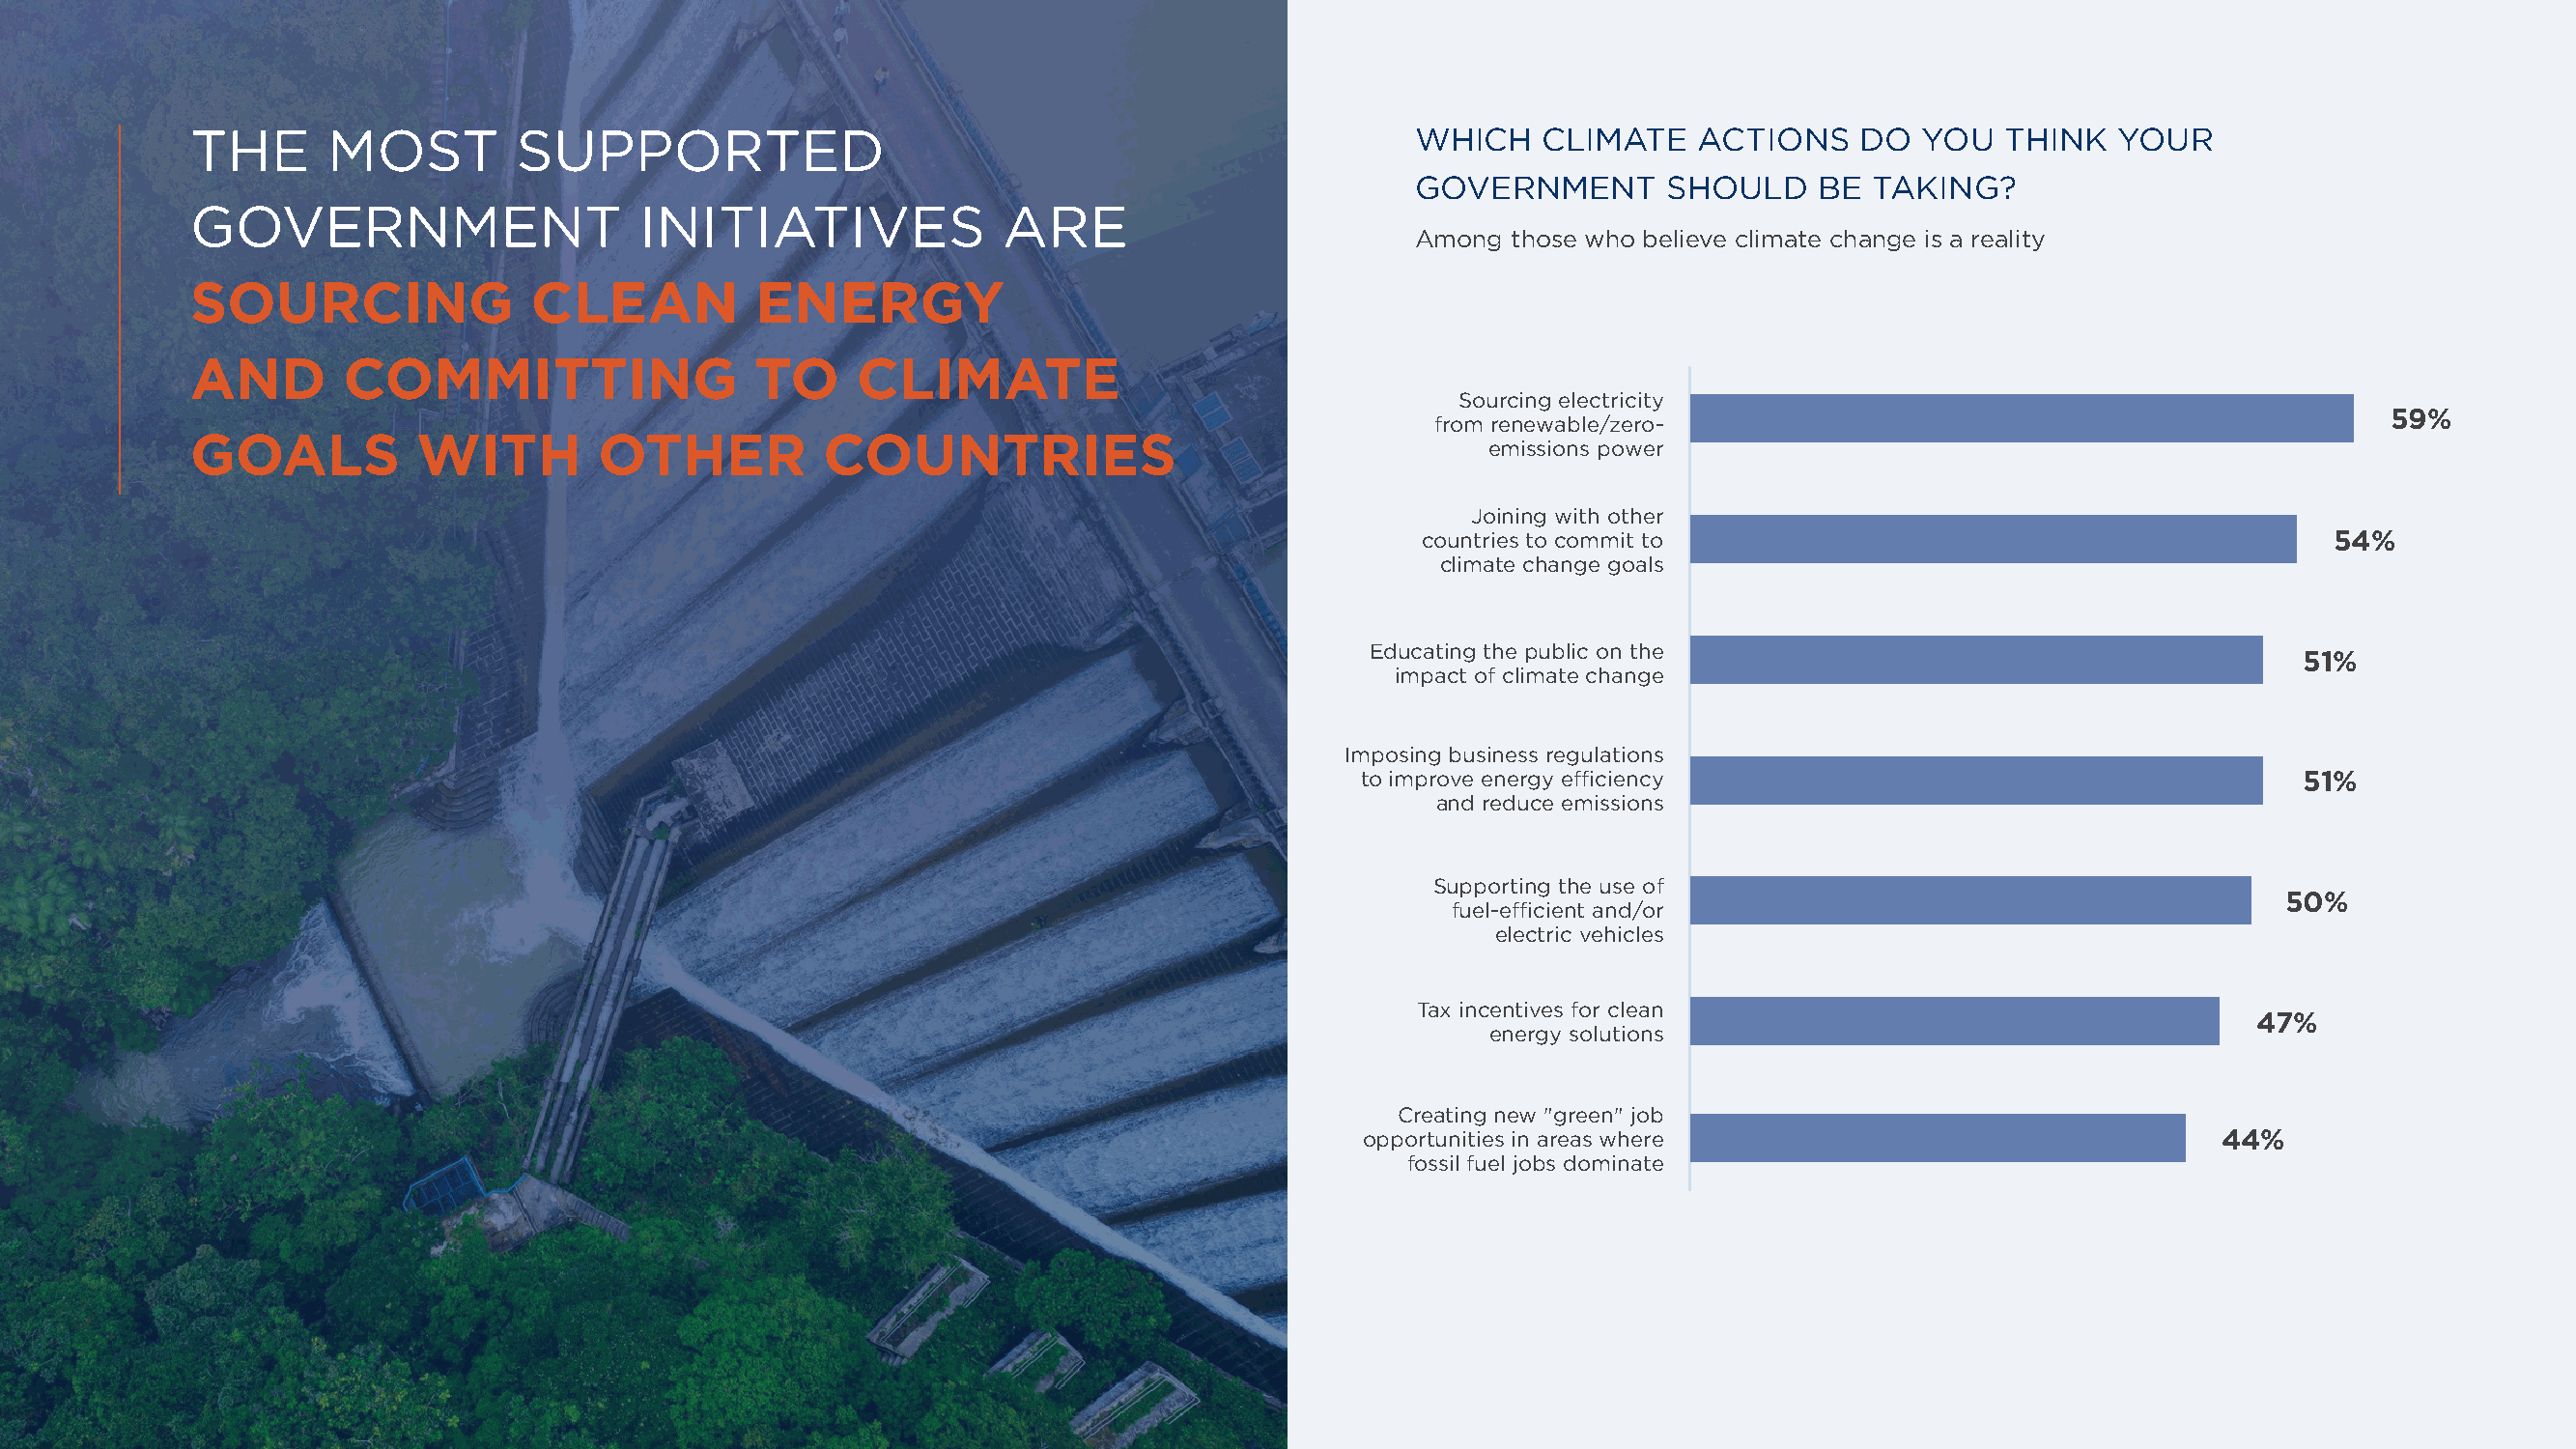
THE      MOST         SUPPORTED                                                     WHICH    CLIMATE   ACTIONS    DO   YOU  THINK   YOUR
 GOVERNMENT       SHOULD     BE TAKING?
 GOVERNMENT                     INITIATIVES              ARE
 Among  those who believe climate change is a reality
 SOURCING               CLEAN           ENERGY
 AND        COMMITTING                  TO     CLIMATE
 Sourcing electricity
 59%
 from renewable/zero-
 GOALS           WITH        OTHER          COUNTRIES                                     emissions power
 Joining with other
 countries to commit to                                         54%
 climate change goals
 Educating the public on the
 51%
 impact of climate change
 Imposing business regulations
 to improve energy efficiency                                     51%
 and reduce emissions
 Supporting the use of
 50%
 fuel-efficient and/or
 electric vehicles
 Tax incentives for clean
 47%
 energy solutions
 Creating new "green" job
 opportunities in areas where                               44%
 fossil fuel jobs dominate